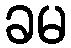
ခမ